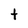
Character: t